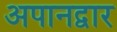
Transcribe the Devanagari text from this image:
अपानद्वार